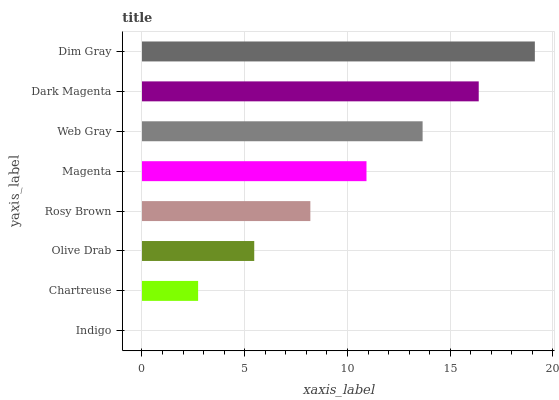
| yaxis_label | bars |
 | --- | --- |
 | Indigo | 0 |
 | Chartreuse | 2.73 |
 | Olive Drab | 5.46 |
 | Rosy Brown | 8.19 |
 | Magenta | 10.9 |
 | Web Gray | 13.7 |
 | Dark Magenta | 16.4 |
 | Dim Gray | 19.1 |